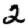
Digit: 2